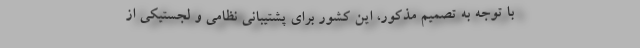
با توجه به تصمیم مذکور، این کشور برای پشتیبانی نظامی و لجستیکی از